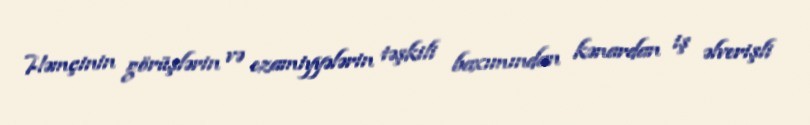
Həmçinin görüşlərin və ezamiyyələrin təşkili baxımından kənardan iş əlverişli